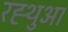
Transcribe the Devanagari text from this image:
रह्थुआ